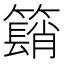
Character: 𥵦